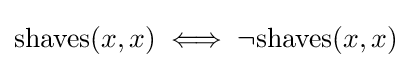
{\text{shaves}}(x,x)\iff \neg {\text{shaves}}(x,x)